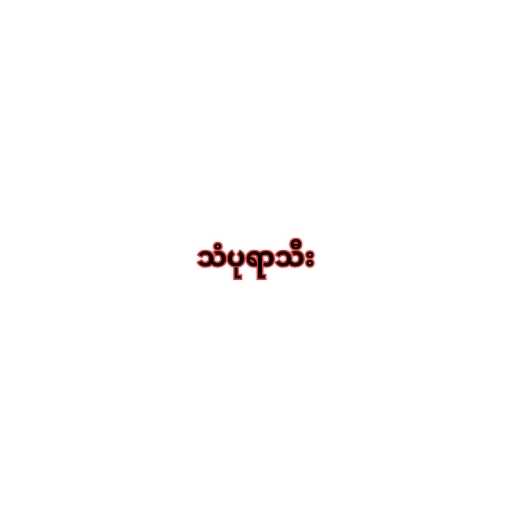
သံပုရာသီး